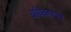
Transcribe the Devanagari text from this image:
अथिकारपत्र